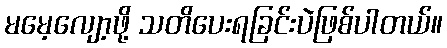
မမေ့လျော့ဖို့ သတိပေးရခြင်းပဲဖြစ်ပါတယ်။